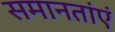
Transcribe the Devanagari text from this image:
समानतांएं